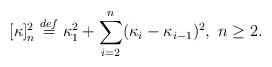
LaTeX: \begin{align*} [\kappa]_n^2 \stackrel{def}{=} \kappa_1^2 + \sum_{i=2}^n (\kappa_i - \kappa_{i-1})^2, \ n \ge 2.\end{align*}